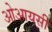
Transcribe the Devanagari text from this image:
ओआयसी